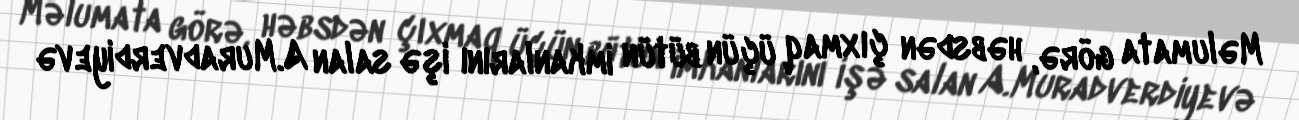
Məlumata görə, həbsdən çıxmaq üçün bütün imkanlarını işə salan A.Muradverdiyevə